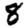
Digit: 8